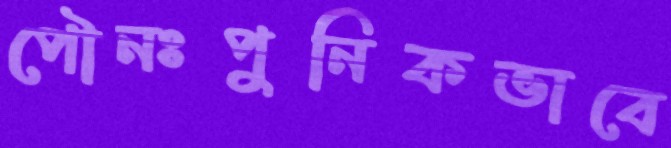
পৌনঃপুনিকভাবে